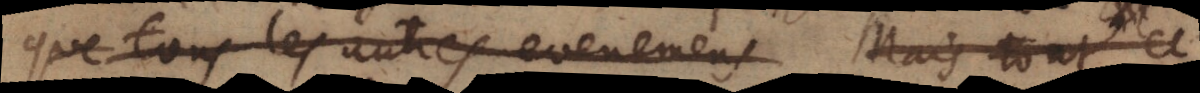
que tous les autres evenemens. Mais tout ce.